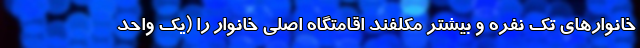
خانوارهای تک نفره و بیشتر مکلفند اقامتگاه اصلی خانوار را (یک واحد